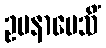
ဥပနာမေသိံ